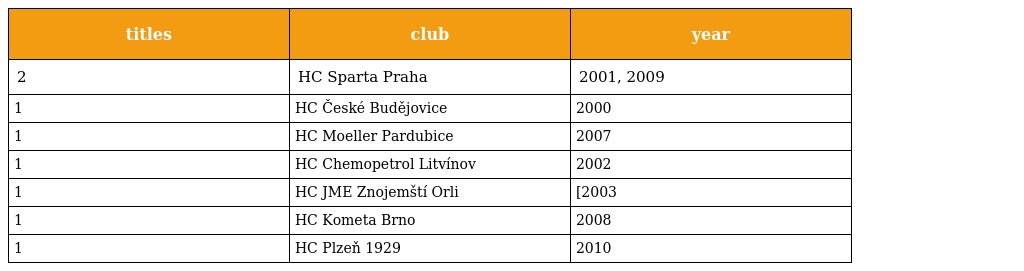
| titles | club | year |
 | --- | --- | --- |
 | 2 | HC Sparta Praha | 2001, 2009 |
 | 1 | HC České Budějovice | 2000 |
 | 1 | HC Moeller Pardubice | 2007 |
 | 1 | HC Chemopetrol Litvínov | 2002 |
 | 1 | HC JME Znojemští Orli | [2003 |
 | 1 | HC Kometa Brno | 2008 |
 | 1 | HC Plzeň 1929 | 2010 |